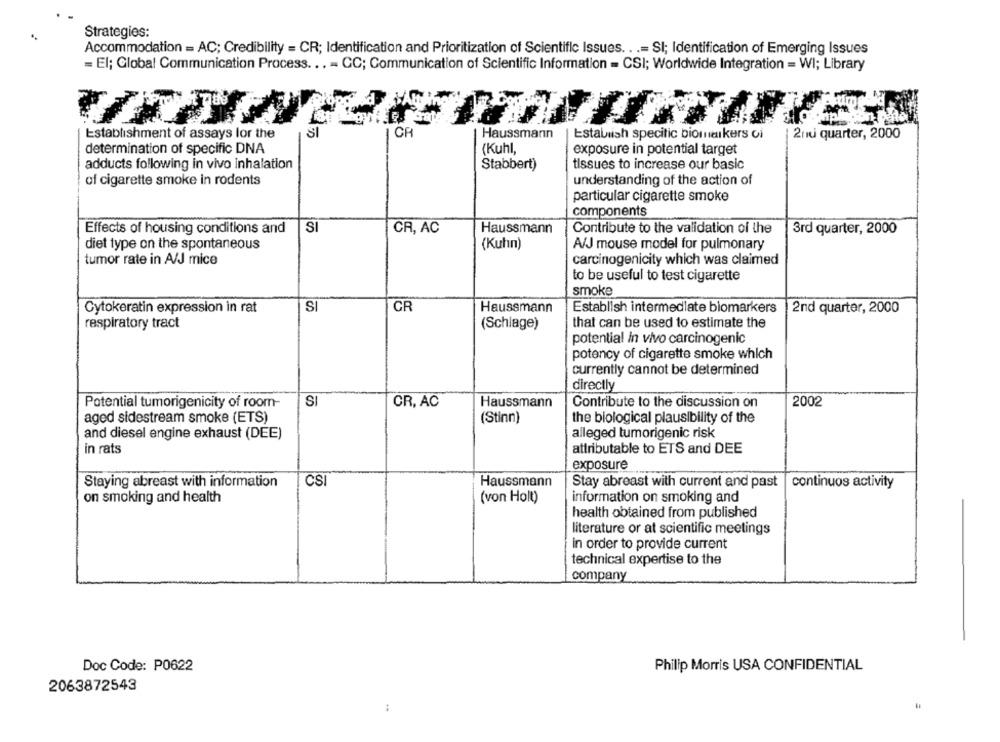
Strategies:
Accommodation = AC; Credibility = CR; Identification and Prioritization of Scientific Issues. . .= SI; Identification of Emerging Issues
= El; Global Communication Process ... - CC; Communication of Scientific Information = CSI; Worldwide Integration = WI; Library
Establishment of assays lor the
CR
Establish specitic biomarkers oi
Haussmann
| 2nd quarter, 2000
determination of specific DNA
(Kuhl,
exposure in potential target
adducts following in vivo inhalation
Stabbert)
tissues to increase our basic
of cigarette smoke in rodents
understanding of the action of
particular cigarette smoke
components
Effects of housing conditions and
SI
CR, AC
Haussmann
Contribute to the validation of the
3rd quarter, 2000
(Kuhn)
diet type on the spontaneous
A/J mouse model for pulmonary
tumor rate in A/J mice
carcinogenicity which was claimed
to be useful to test cigarette
smoke
Cytokeratin expression in rat
SI
CR
Haussmann
Establish intermediate biomarkers
2nd quarter, 2000
respiratory tract
(Schlage)
that can be used to estimate the
potential in vivo carcinogenic
potency of cigarette smoke which
currently cannot be determined
directly
SI
Potential tumorigenicity of room-
CR, AC
Haussmann
Contribute to the discussion on
2002
aged sidestream smoke (ETS)
(Stinn)
the biological plausibility of the
and diesel engine exhaust (DEE)
alleged tumorigenic risk
in rats
attributable to ETS and DEE
exposure
Staying abreast with information
CSI
Haussmann
Stay abreast with current and past
continuos activity
on smoking and health
(von Holt)
information on smoking and
health obtained from published
literature or at scientific meetings
in order to provide current
technical expertise to the
company
Doc Code: P0622
Philip Morris USA CONFIDENTIAL
2063872543